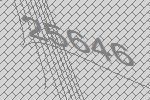
25646